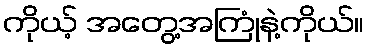
ကိုယ့် အတွေ့အကြုံနဲ့ကိုယ်။